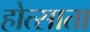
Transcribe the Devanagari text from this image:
होत्साता